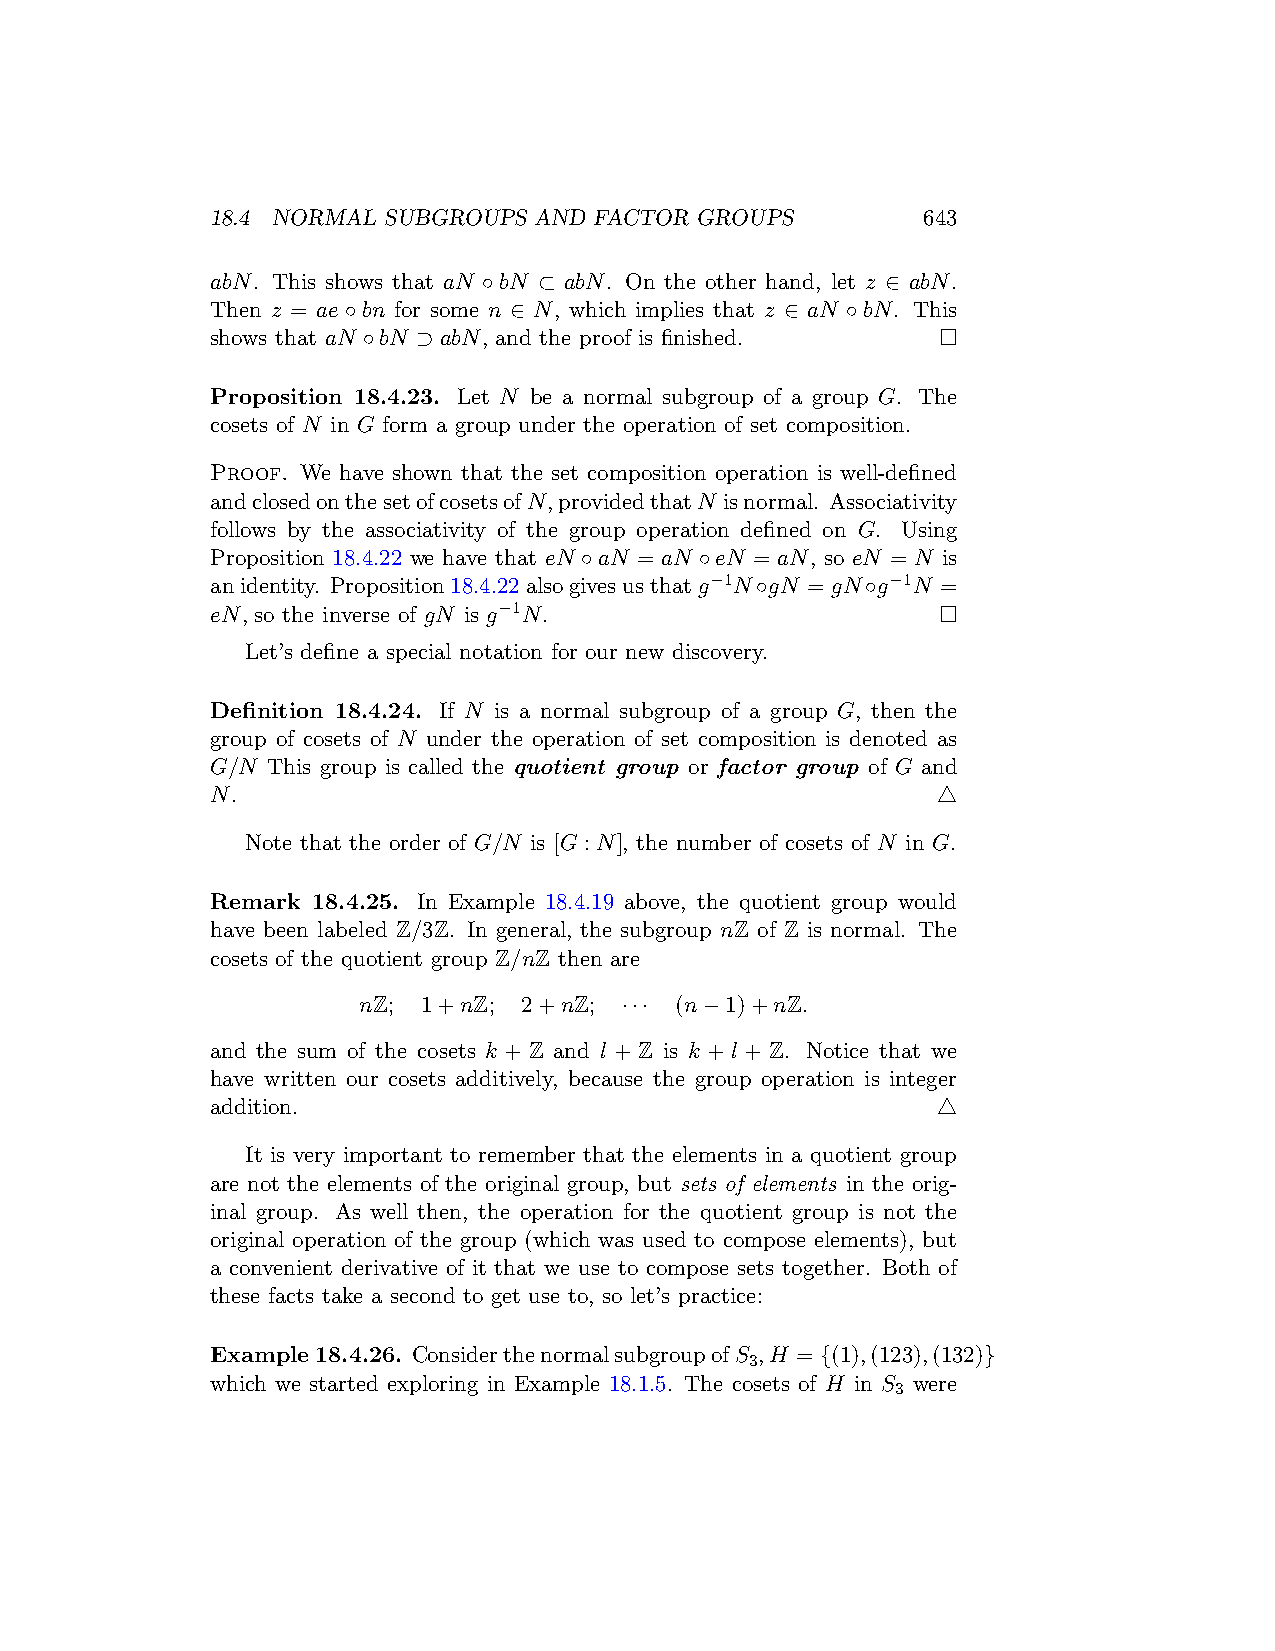
18.4 NORMAL SUBGROUPS AND FACTOR GROUPS        643
 abN. This shows that aN ◦bN ⊂ abN. On the other hand, let z ∈ abN.
 Then z = ae◦bn for some n ∈ N, which implies that z ∈ aN ◦bN. This
 shows that aN ◦bN ⊃ abN, and the proof is finished. □
 Proposition 18.4.23. Let N be a normal subgroup of a group G. The
 cosets of N in G form a group under the operation of set composition.
 Proof. We have shown that the set composition operation is well-defined
 andclosedonthesetofcosetsofN,providedthatN isnormal. Associativity
 follows by the associativity of the group operation defined on G. Using
 Proposition 18.4.22 we have that eN ◦aN = aN ◦eN = aN, so eN = N is
 anidentity. Proposition18.4.22alsogivesusthatg−1N◦gN = gN◦g−1N =
 eN, so the inverse of gN is g−1N.               □
 Let’s define a special notation for our new discovery.
 Definition 18.4.24. If N is a normal subgroup of a group G, then the
 group of cosets of N under the operation of set composition is denoted as
 G/N This group is called the quotient group or factor group of G and
 N.                                              △
 Note that the order of G/N is [G : N], the number of cosets of N in G.
 Remark 18.4.25. In Example 18.4.19 above, the quotient group would
 have been labeled Z/3Z. In general, the subgroup nZ of Z is normal. The
 cosets of the quotient group Z/nZ then are
 nZ; 1+nZ;  2+nZ; ··· (n−1)+nZ.
 and the sum of the cosets k + Z and l + Z is k + l + Z. Notice that we
 have written our cosets additively, because the group operation is integer
 addition.                                       △
 It is very important to remember that the elements in a quotient group
 are not the elements of the original group, but sets of elements in the orig-
 inal group. As well then, the operation for the quotient group is not the
 original operation of the group (which was used to compose elements), but
 a convenient derivative of it that we use to compose sets together. Both of
 these facts take a second to get use to, so let’s practice:
 Example18.4.26. ConsiderthenormalsubgroupofS ,H = {(1),(123),(132)}
 3
 which we started exploring in Example 18.1.5. The cosets of H in S were
 3